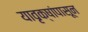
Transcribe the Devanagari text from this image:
यावृक्षांपासून